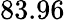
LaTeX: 83.96\